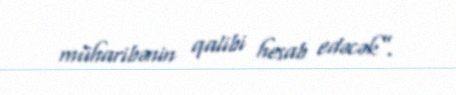
müharibənin qalibi hesab edəcək”.